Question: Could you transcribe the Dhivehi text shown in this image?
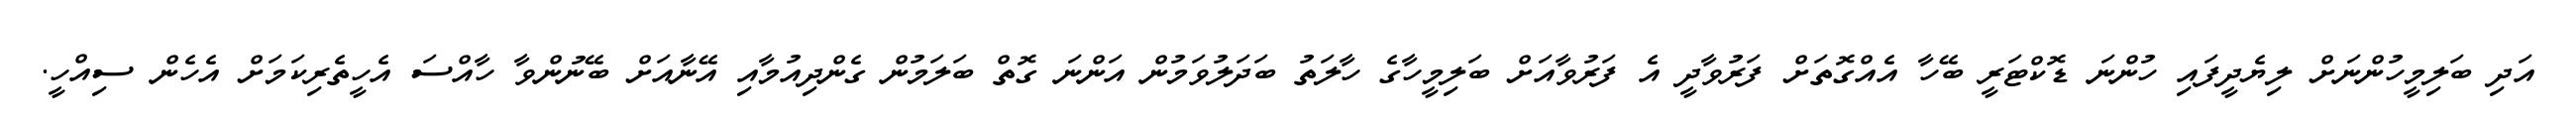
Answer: އަދި ބަލިމީހުންނަށް ލިޔެދީފައި ހުންނަ ޑޮކްޓަރީ ބޭހާ އެއްގޮތަށް ފަރުވާދީ އެ ފަރުވާއަށް ބަލިމީހާގެ ހާލަތު ބަދަލުވަމުން އަންނަ ގޮތް ބަލަމުން ގެންދިއުމާއި އޭނާއަށް ބޭނުންވާ ހާއްސަ އެހީތެރިކަމަށް އެހެން ސިއްހީ.